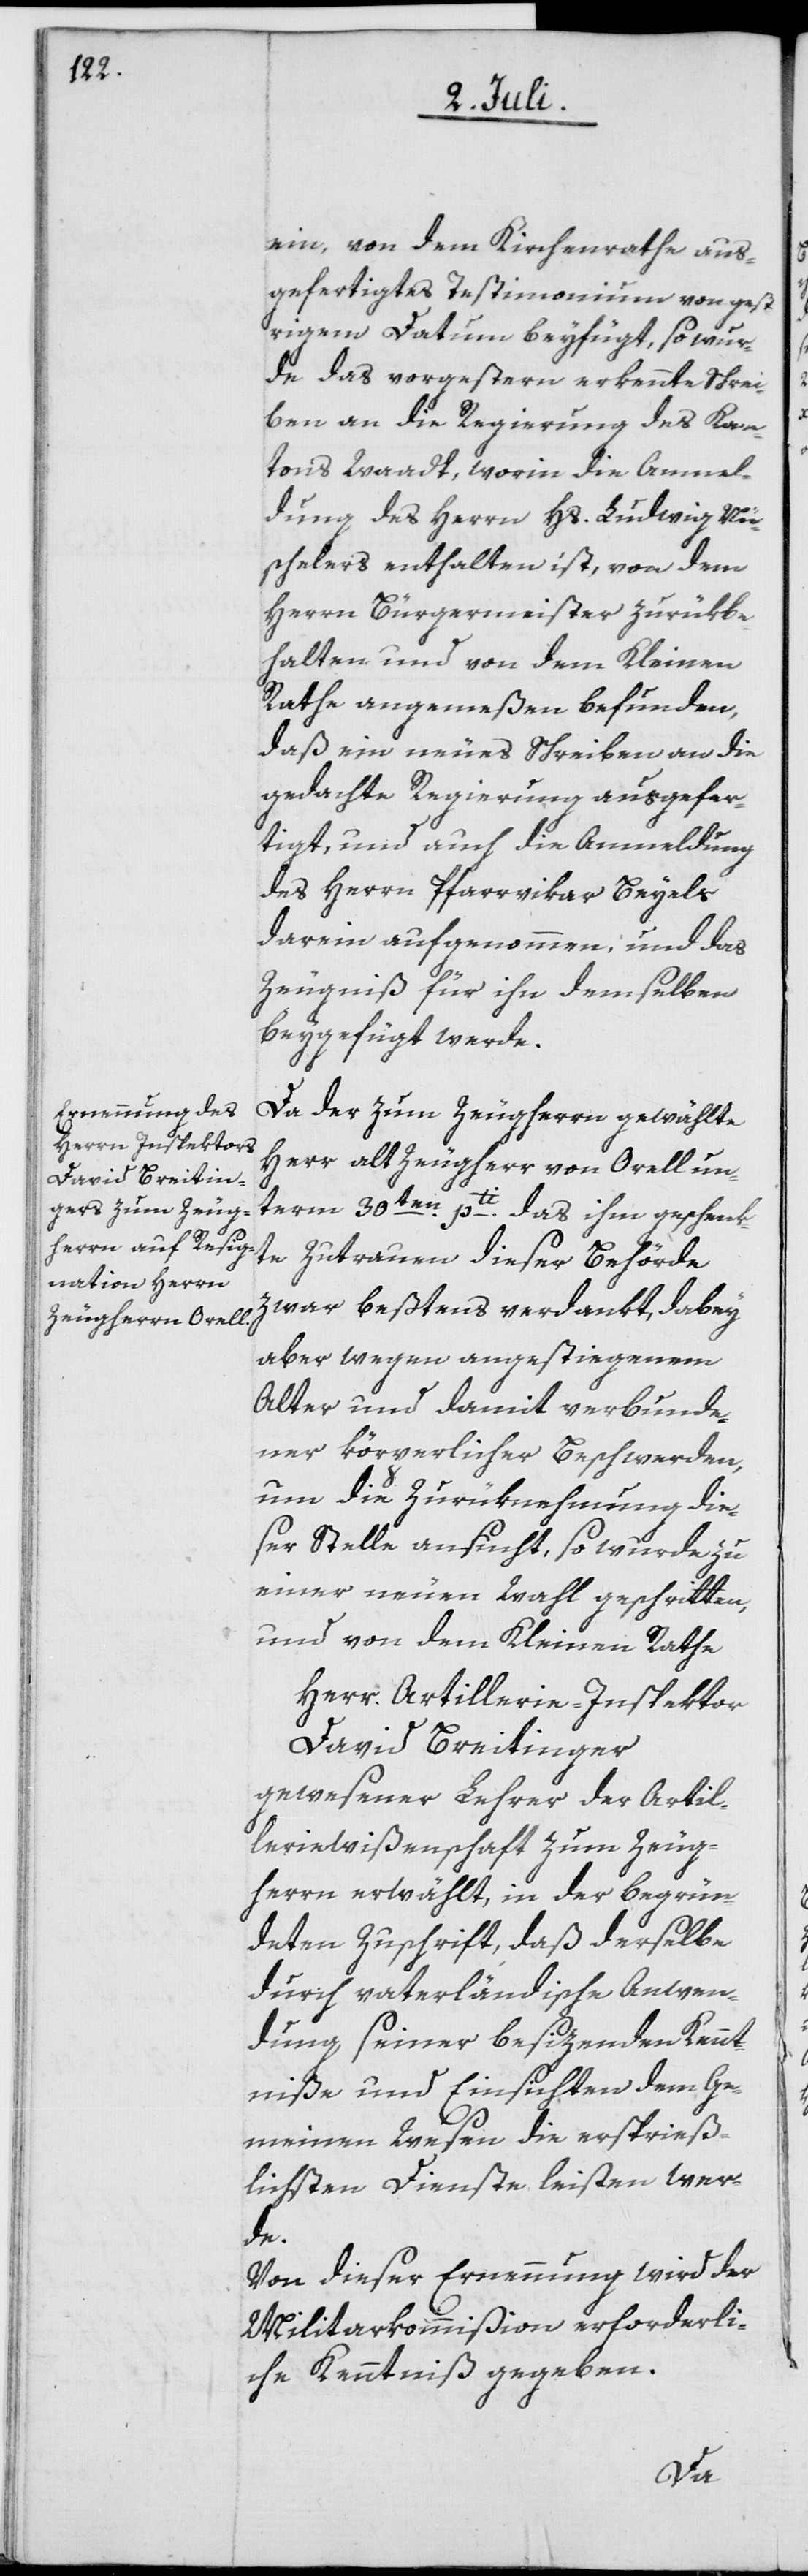
ein, von dem Kirchenrathe aus¬
gefertigtes Testimonium von gest¬
rigem Datum beyfügt, so wur¬
de das vorgestern erkennte Schrei¬
ben an die Regierung des Kan¬
tons Waadt, worin die Anmel¬
dung des Herrn Hs. Ludwig Nü¬
schelers enthalten ist, von dem
Herrn Bürgermeister zurükbe¬
halten und von dem Kleinen
Rathe angemeßen befunden,
daß ein neues Schreiben an die
gedachte Regierung ausgefer¬
tigt, und auch die Anmeldung
des Herrn Pfarrvikar Beyels
darein aufgenommen, und das
Zeugniß für ihn demselben
beygefügt werde.
Da der zum Zeugherrn gewählte
Herr alt Zeugherr von Orell un¬
term 30ten pti das ihm geschenk¬
te Zutrauen dieser Behörde
zwar beßtens verdankt, dabey
aber wegen angestiegenem
Alter und damit verbunde¬
ner kör[?p]erlicher Beschwerden,
um die Zurüknehmung die¬
ser Stelle ansucht, so wurde zu
einer neuen Wahl geschritten,
und von dem Kleinen Rathe
Herr Artillerie-Inspektor
David Breitinger
gewesener Lehrer der Artil¬
leriewissenschaft zum Zeug¬
herrn erwählt, in der begrün¬
durch vaterländische Anwen¬
dung seiner besizenden Kennt¬
niße und Einsichten dem Ge¬
meinen Wesen die ersprieß¬
lichsten Dienste leisten wer¬
de.
Von dieser Ernennung wird der
Militarkommißion erforderli¬
che Kenntniß gegeben.
deten